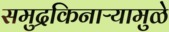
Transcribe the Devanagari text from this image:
समुद्रकिनाऱ्यामुळे